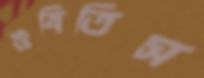
শুষিতিস